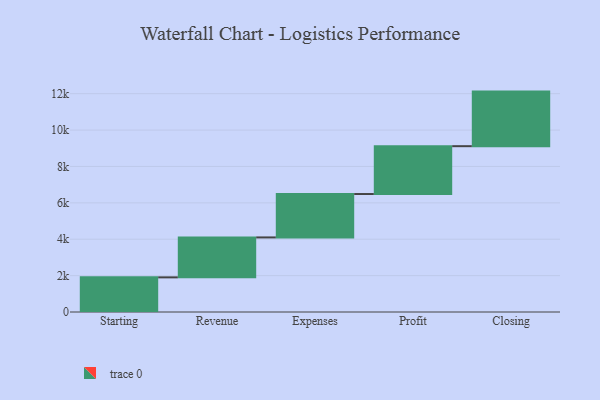
{"axis": {"x": "Step", "y": "Value"}, "legend": [""], "data": [{"x": "Starting", "y": 1904.0, "type": ""}, {"x": "Revenue", "y": 2195.0, "type": ""}, {"x": "Expenses", "y": 2385.0, "type": ""}, {"x": "Profit", "y": 2630.0, "type": ""}, {"x": "Closing", "y": 3000, "type": ""}]}